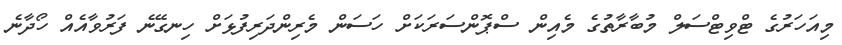
މިއަހަރުގެ ޓްވިޓްސަލް މުބާރާތުގެ މެއިން ސްޕޮންސަރަކަށް ހަސަން މެރިންދަރިފުޅަށް ހިނގޭނެ ފަރުވާއެއް ހޯދާނެ